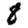
Digit: 8